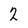
Character: 2